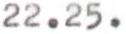
22.25.